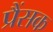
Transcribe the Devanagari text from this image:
प्रैंसक